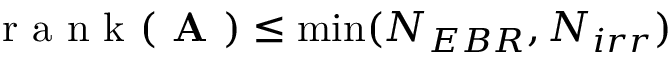
\mathrm { ~ r ~ a ~ n ~ k ~ } ( \textbf { A } ) \leq \operatorname* { m i n } ( N _ { E B R } , N _ { i r r } )